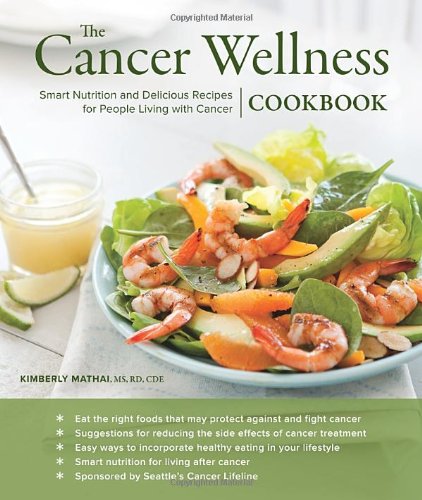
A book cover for The Cancer Wellness Cookbook: Smart Nutrition and Delicious Recipes for People Living with Cancer; Kimberly Mathai MS RD CDE; Cookbooks, Food & Wine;